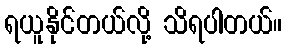
ရယူနိုင်တယ်လို့ သိရပါတယ်။